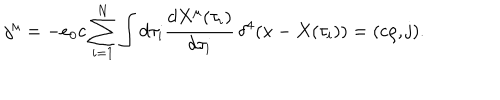
LaTeX: j ^ { \mu } = - e _ { 0 } c \sum _ { i = 1 } ^ { N } \int d \tau _ { i } \frac { d X ^ { \mu } ( \tau _ { i } ) } { d \tau _ { i } } \, \delta ^ { 4 } ( x - X ( \tau _ { i } ) ) = ( c \rho , { \mathbf j } ) .